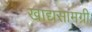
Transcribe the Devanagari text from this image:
खाद्यसामग्री